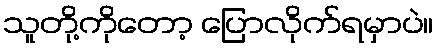
သူတို့ကိုတော့ ပြောလိုက်ရမှာပဲ။